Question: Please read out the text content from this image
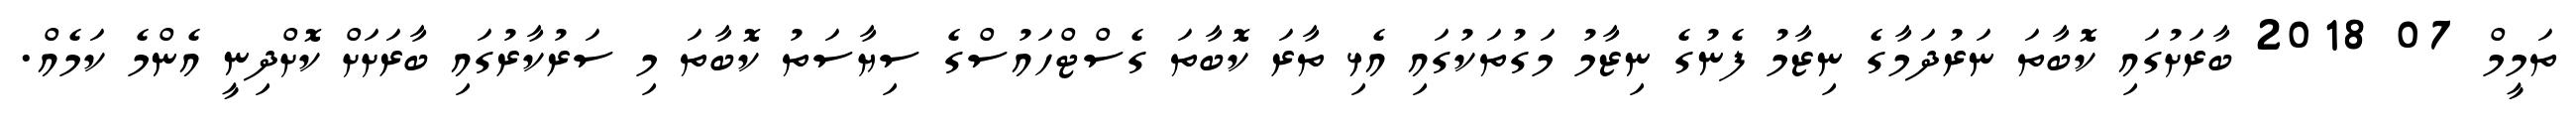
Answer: ތަމީމް 07 2018 ބާރަށުގައި ކޮބާތަ ނަރުދަމާގެ ނިޒާމު ފެނުގެ ނިޒާމު މަގުތަކުގައި އެޅި ތާރަ ކޮބާތަ ގެސްޓްހައުސްގެ ސިޔާސަތު ކޮބާތަ މި ސަރުކާރުގައި ބާރަށަށް ކޮށްދިނީ އެންމެ ކަމެއް.